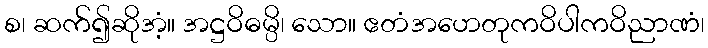
စ၊ ဆက်၍ဆိုအံ့။ အဋ္ဌဝိဓမ္ပိ၊ သော။ ဧတံအဟေတုကဝိပါကဝိညာဏံ၊